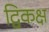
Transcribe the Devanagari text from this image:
द्विकक्ष